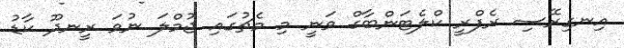
އިނގިރޭސި ރެފްރީ ކްލެޓަންބާގް ވަނީ މި މެޗުގައި ޖުމްލަ ނުވަ ރީނދޫ ކާޑު